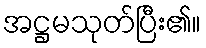
အဋ္ဌမသုတ်ပြီး၏။